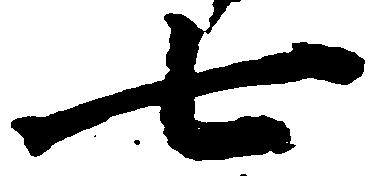
七